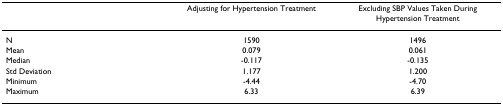
|  | Adjusting for Hypertension Treatment | Excluding SBP Values Taken During Hypertension Treatment |
 | --- | --- | --- |
 | N | 1590 | 1496 |
 | Mean | 0.079 | 0.061 |
 | Median | -0.117 | -0.135 |
 | Std Deviation | 1.177 | 1.200 |
 | Minimum | -4.44 | -4.70 |
 | Maximum | 6.33 | 6.39 |